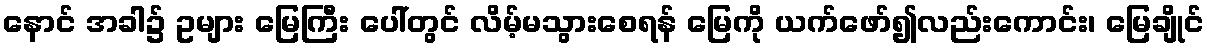
နောင် အခါ၌ ဥများ မြေကြီး ပေါ်တွင် လိမ့်မသွားစေရန် မြေကို ယက်ဖော်၍လည်းကောင်း၊ မြေချိုင်